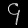
Digit: ၄